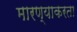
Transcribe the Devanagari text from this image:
मारण्याकरता